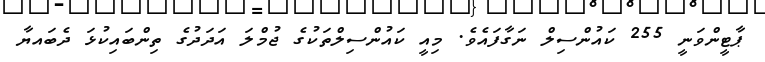
ޕާޓީންވަނީ 255 ކައުންސިލް ނަގާފައެވެ. މިއީ ކައުންސިލްތަކުގެ ޖުމްލަ އަދަދުގެ ތިންބައިކުޅަ ދެބައޔާ